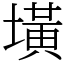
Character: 墴